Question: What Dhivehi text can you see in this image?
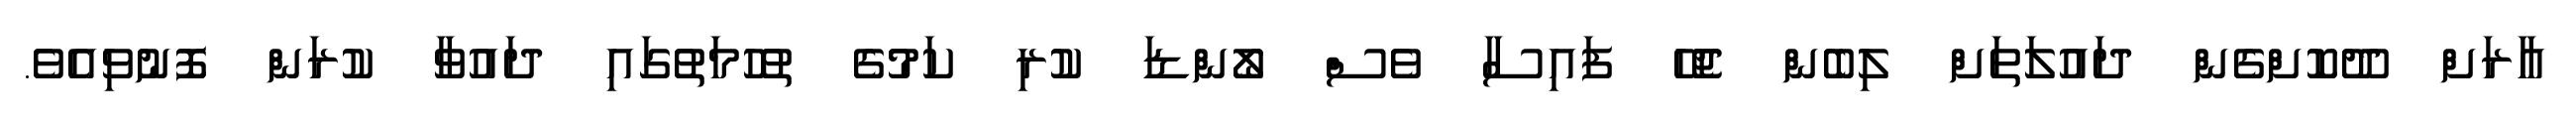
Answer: އާރަށް ދޫކޮށްގެން ދައުލަތަށް ލިބެން ޖެހޭ ފައިސާ ވެސް ލޯންޑަ ކުރި ކަމުގެ ތުހުމަތުގައި ދައުވާ ކުރަން ފޮނުވިއެވެ.